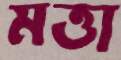
মত্তা